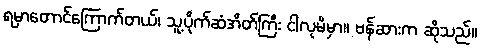
ရမှာတောင်ကြောက်တယ်၊ သူ့ပိုက်ဆံအိတ်ကြီး ငါလုမိမှာ။ ဗန်ဆားက ဆိုသည်။